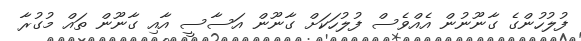
ފުލުހުންގެ ގާނޫނުން އެއްވެސް ފުލުހަކަށް ގާނޫން އަސާސީ އާއި ގާނޫން ތައް މުގުރާ